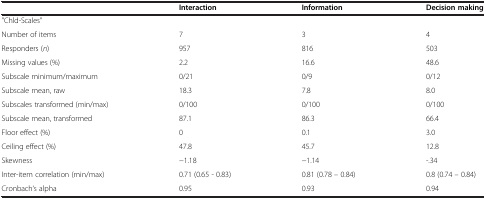
|  | Interaction | Information | Decision making |
 | --- | --- | --- | --- |
 | "Chld-Scales" |  |  |  |
 | Number of items | 7 | 3 | 4 |
 | Responders (n) | 957 | 816 | 503 |
 | Missing values (%) | 2.2 | 16.6 | 48.6 |
 | Subscale minimum/maximum | 0/21 | 0/9 | 0/12 |
 | Subscale mean, raw | 18.3 | 7.8 | 8.0 |
 | Subscales transformed (min/max) | 0/100 | 0/100 | 0/100 |
 | Subscale mean, transformed | 87.1 | 86.3 | 66.4 |
 | Floor effect (%) | 0 | 0.1 | 3.0 |
 | Ceiling effect (%) | 47.8 | 45.7 | 12.8 |
 | Skewness | −1.18 | −1.14 | -.34 |
 | Inter-item correlation (min/max) | 0.71 (0.65 - 0.83) | 0.81 (0.78 – 0.84) | 0.8 (0.74 – 0.84) |
 | Cronbach‘s alpha | 0.95 | 0.93 | 0.94 |